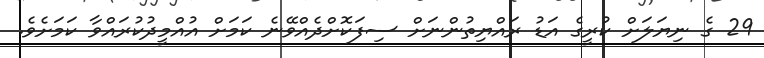
29 ގެ ނިޔަލަށް ކުރީގެ އަޑު ރައްޔިތުންނަށް ސިފަކޮށްދެއްވޭނެ ކަމަށް އުއްމީދުކުރައްވާ ކަމަށެވެ.